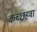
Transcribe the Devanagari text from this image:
कच्छहवा